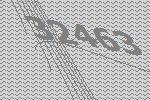
32463